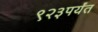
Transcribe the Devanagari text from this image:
९२३पर्यंत